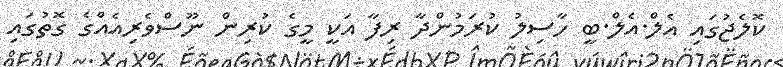
ކޮލެޖުގައި އެލް.އެލް.ބީ ހާސިލު ކުރަމުންދާ ރިފާ އަކީ މީގެ ކުރިން ނޫސްވެރިއެއްގެ ގޮތުގައި